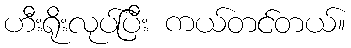
ဟီးရိုးလုပ်ပြီး ကယ်တင်တယ်။